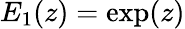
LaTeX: E_{1}(z)=\exp(z)